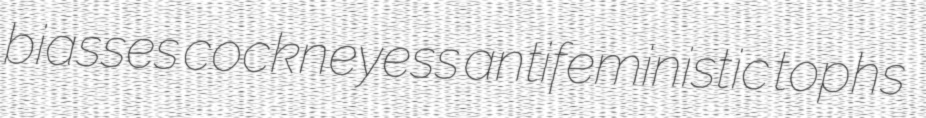
biasses cockneyess antifeministic tophs